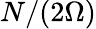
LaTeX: N/(2\Omega)